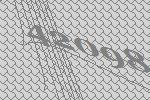
42098